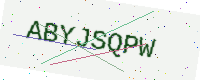
Text: ABYJSQPW